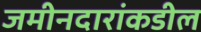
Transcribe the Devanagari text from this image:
जमीनदारांकडील